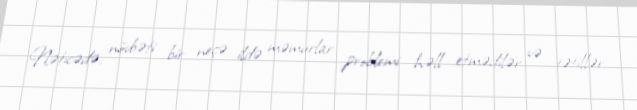
Nəticədə, növbəti bir neçə ildə məmurlar problemi həll etmədilər və tətillər